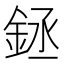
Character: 𰼬